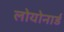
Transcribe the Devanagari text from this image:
लोयोनार्ड